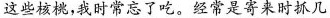
这些核桃，我时常忘了吃。经常是寄来时抓几